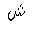
Letter: _shin